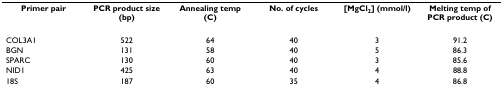
<table><thead><tr><td><b>Primer pair</b></td><td><b>PCR product size (bp)</b></td><td><b>Annealing temp (C)</b></td><td><b>No. of cycles</b></td><td><b>[MgCl<sub>2</sub>] (mmol/l)</b></td><td><b>Melting temp of PCR product (C)</b></td></tr></thead><tbody><tr><td>COL3A1</td><td>522</td><td>64</td><td>40</td><td>3</td><td>91.2</td></tr><tr><td>BGN</td><td>131</td><td>58</td><td>40</td><td>5</td><td>86.3</td></tr><tr><td>SPARC</td><td>130</td><td>60</td><td>40</td><td>3</td><td>85.6</td></tr><tr><td>NID1</td><td>425</td><td>63</td><td>40</td><td>4</td><td>88.8</td></tr><tr><td>18S</td><td>187</td><td>60</td><td>35</td><td>4</td><td>86.8</td></tr></tbody></table>